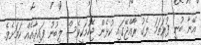
އޭނާ ބުނީ ފުރަތަމަ ލެގު ރާއްޖޭގައި ކުޅެން ޖެހުމަކީވެސް ލިބުނު ފައިދާއެއް ކަމަށެވެ.